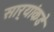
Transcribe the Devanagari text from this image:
सार्‍यांकडे